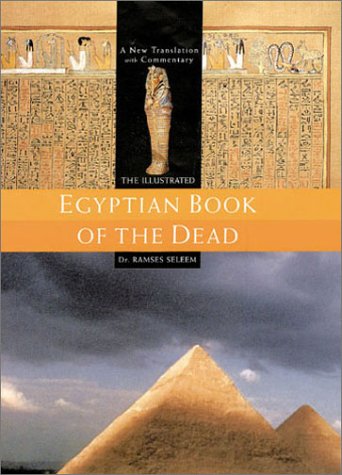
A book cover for The Illustrated Egyptian Book of the Dead; Dr. Ramses Seleem; Religion & Spirituality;